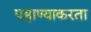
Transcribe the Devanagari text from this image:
पहाण्याकरता